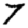
Digit: 7